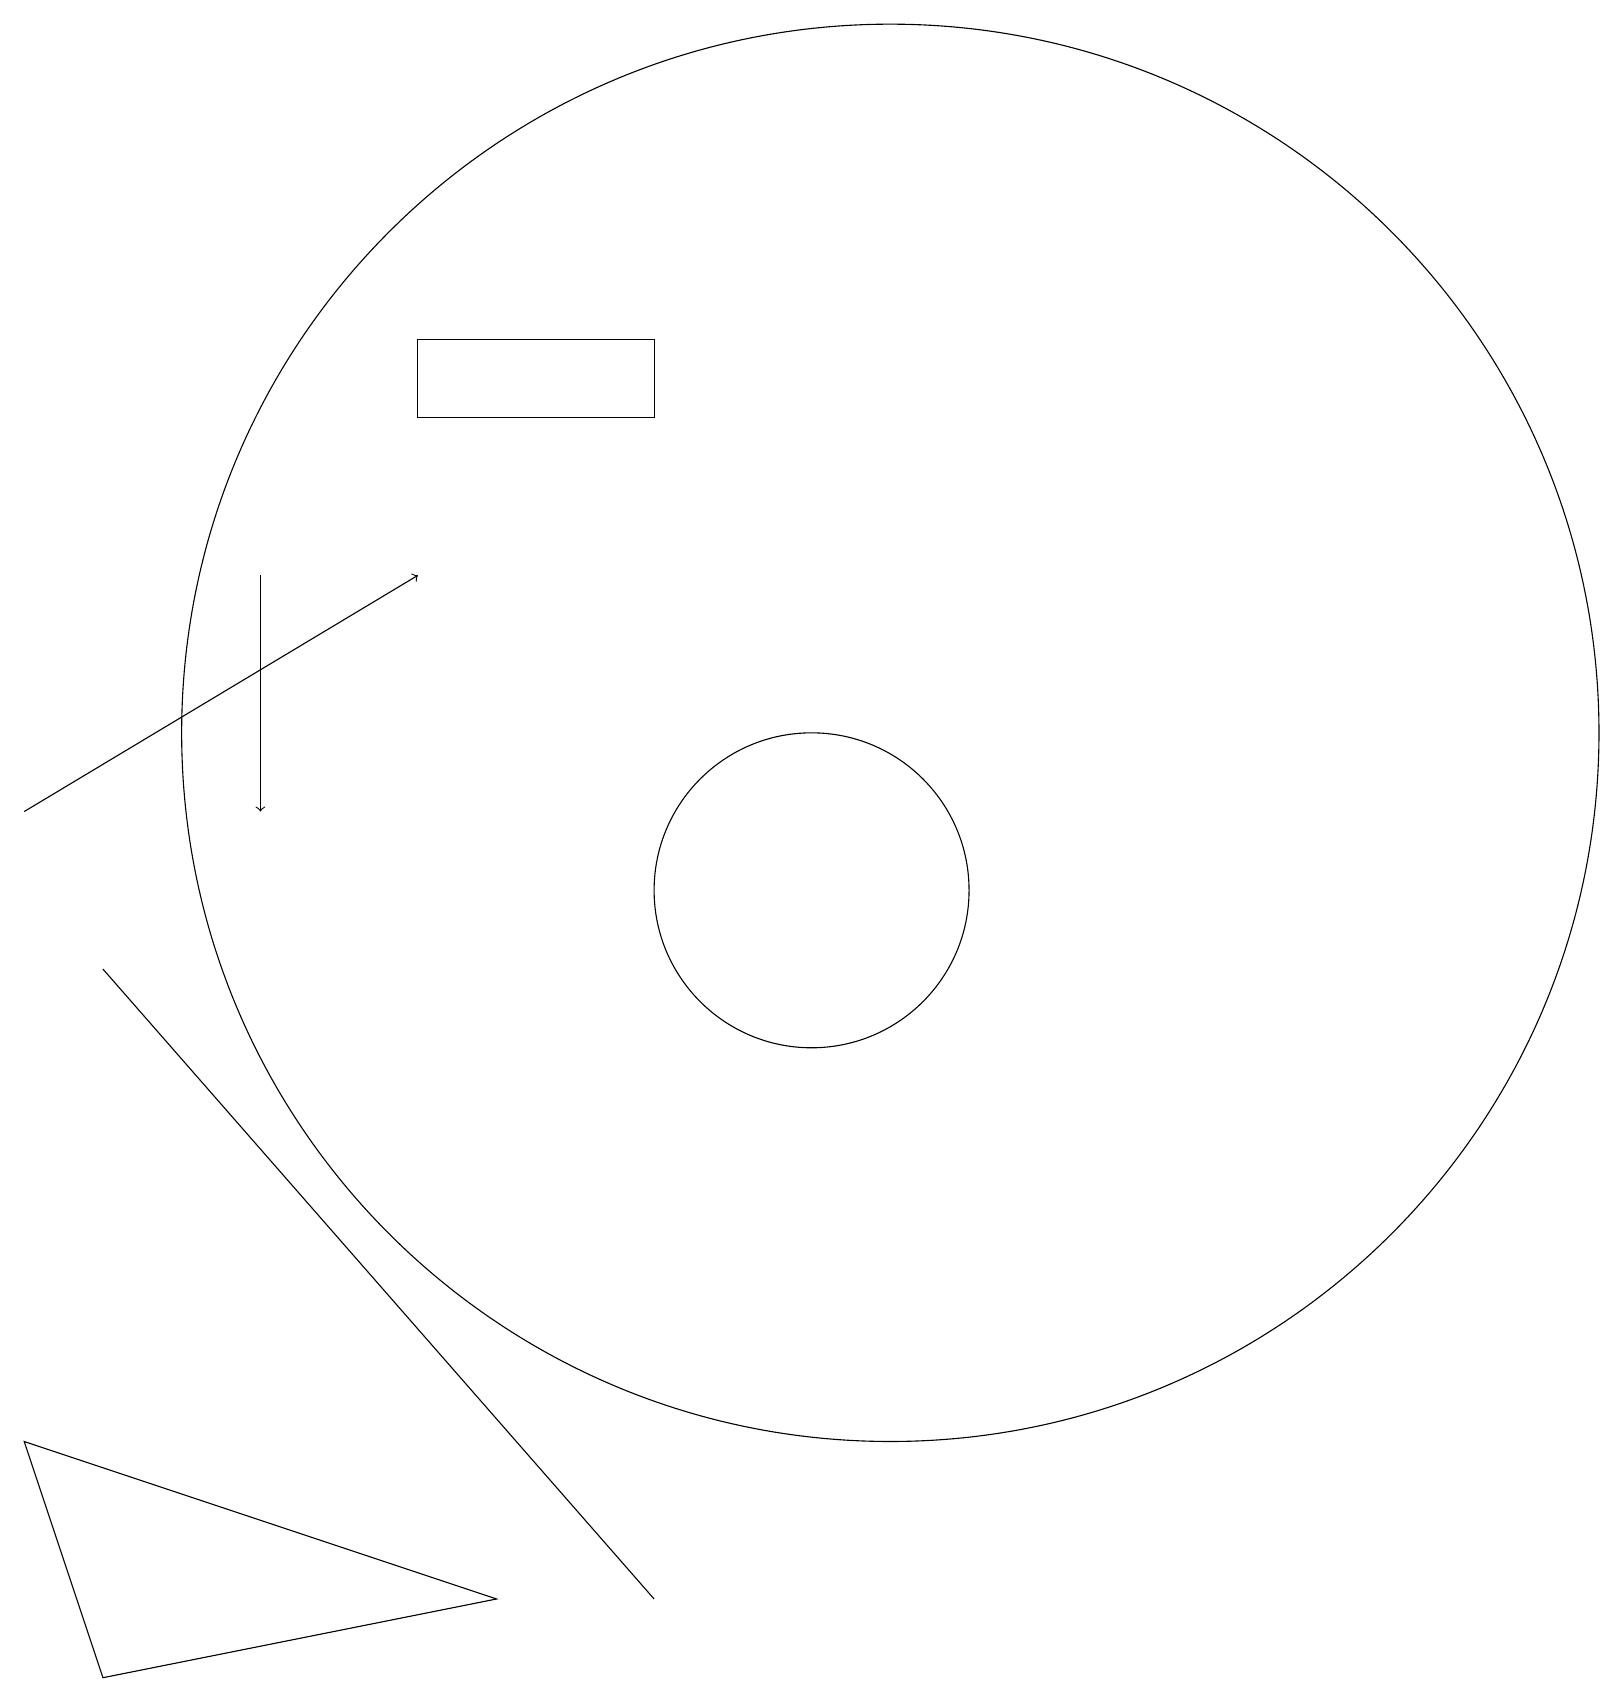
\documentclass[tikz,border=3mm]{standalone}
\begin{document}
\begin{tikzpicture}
\draw[->] (3,14) -- (3,11);
\draw (0,3) -- (1,0) -- (6,1) -- cycle;
\draw (8,1) -- (1,9) -- (8,1) -- cycle;
\draw (11,12) circle (9);
\draw (10,10) circle (2);
\draw[->] (0,11) -- (5,14);
\draw (8,16) rectangle (5,17);
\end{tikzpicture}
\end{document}